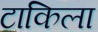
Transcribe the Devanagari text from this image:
टाकिला